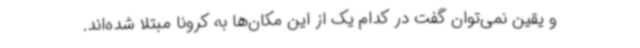
و یقین نمی‌توان گفت در کدام یک از این مکان‌ها به کرونا مبتلا شده‌اند.